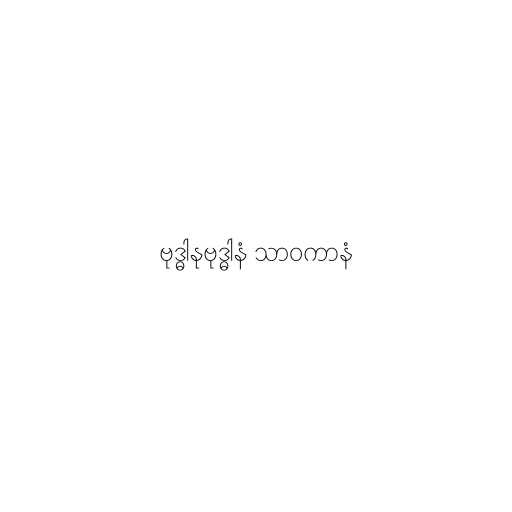
ဗုဒ္ဓါနုဗုဒ္ဓါနံ သာဝကာနံ